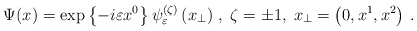
\begin{align*}\Psi (x)=\exp \left\{ -i\varepsilon x^{0}\right\} \psi _{\varepsilon}^{(\zeta )}\left( x_{\perp }\right) \,,\;\zeta =\pm 1,\;x_{\perp }=\left(0,x^{1},x^{2}\right) \,. \end{align*}